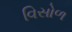
વિસોળ